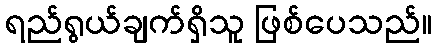
ရည်ရွယ်ချက်ရှိသူ ဖြစ်ပေသည်။